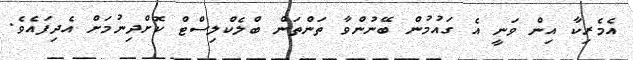
އެމެރިކާ އިން ވަނީ އެ ގައުމުން ބޭނުންވާ ތަންތަން ބްލެކްލިސްޓް ކޮށްދިނުމަށް އެދިފައެވެ.